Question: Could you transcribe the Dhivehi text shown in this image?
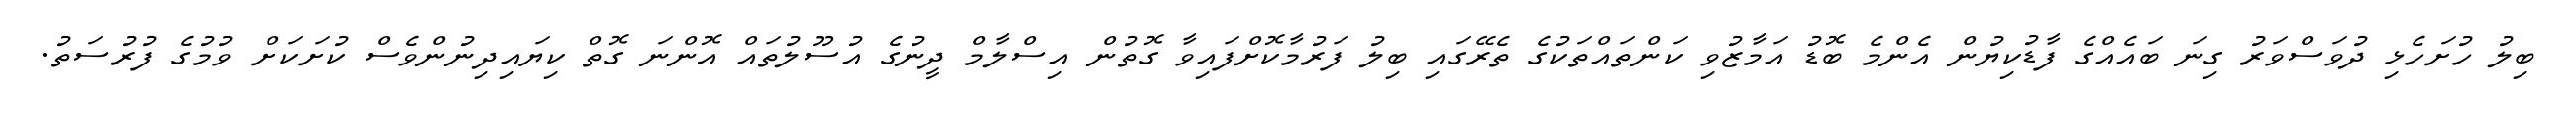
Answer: ބިލު ހުށަހެޅި ދުވަސްވަރު ގިނަ ބައެއްގެ ފާޑުކިޔުން އެންމެ ބޮޑު އަމާޒުވި ކަންތައްތަކުގެ ތެރޭގައި ބިލު ފަރުމާކޮށްފައިވާ ގޮތުން އިސްލާމް ދީނުގެ އުސޫލުތައް އޮންނަ ގޮތް ކިޔައިދިނުންވެސް ކުށަކަށް ވުމުގެ ފުރުސަތު.